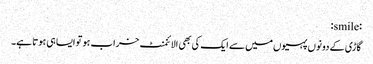
:smile:
گاڑی کے دونوں پہیوں‌میں سے ایک کی بھی الائنمنٹ خراب ہو تو ایسا ہی ہوتا ہے۔